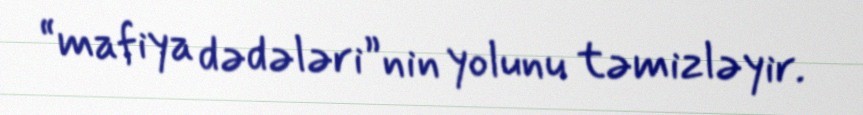
“mafiya dədələri”nin yolunu təmizləyir.